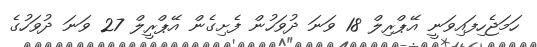
ހަމަޖެހިފައިވަނީ އޭޕްރިލް 18 ވަނަ ދުވަހުން ފެށިގެން އޭޕްރީލް 27 ވަނަ ދުވަހުގެ